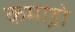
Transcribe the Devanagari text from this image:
कमा़डो